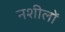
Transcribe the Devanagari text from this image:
नशीलों